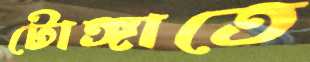
টোঙ্গাতে